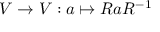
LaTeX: V \to V : a \mapsto R a R ^ { - 1 }